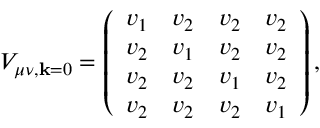
V _ { \mu \nu , \mathbf { k } = \boldsymbol { 0 } } = \left( \begin{array} { l l l l } { v _ { 1 } } & { v _ { 2 } } & { v _ { 2 } } & { v _ { 2 } } \\ { v _ { 2 } } & { v _ { 1 } } & { v _ { 2 } } & { v _ { 2 } } \\ { v _ { 2 } } & { v _ { 2 } } & { v _ { 1 } } & { v _ { 2 } } \\ { v _ { 2 } } & { v _ { 2 } } & { v _ { 2 } } & { v _ { 1 } } \end{array} \right) ,